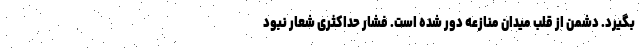
بگیرد. دشمن از قلب میدان منازعه دور شده است. فشار حداکثری شعار نبود